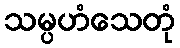
သမ္ပဟံသေတုံ